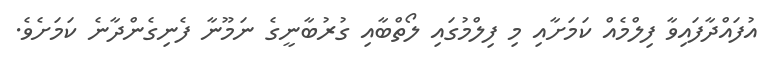
އުފައްދާފައިވާ ފިލްމެއް ކަމަށާއި މި ފިލްމުގައި ލޯތްބާއި ގުރުބާނީގެ ނަމޫނާ ފެނިގެންދާނެ ކަމަށެވެ.